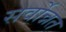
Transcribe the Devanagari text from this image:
सर्वोन्नत